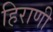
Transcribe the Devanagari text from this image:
हिराणी